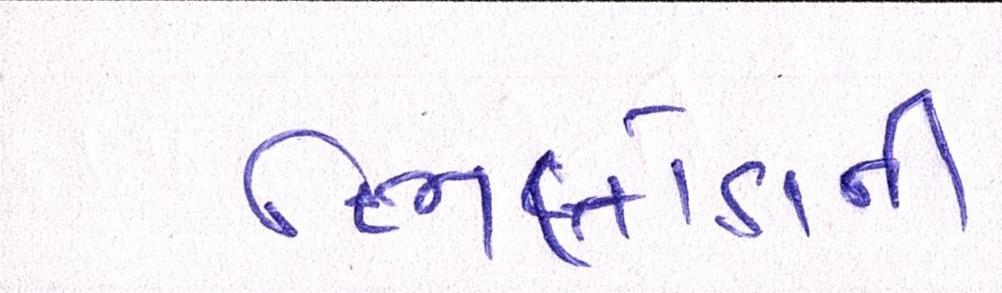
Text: ભિલોડાની